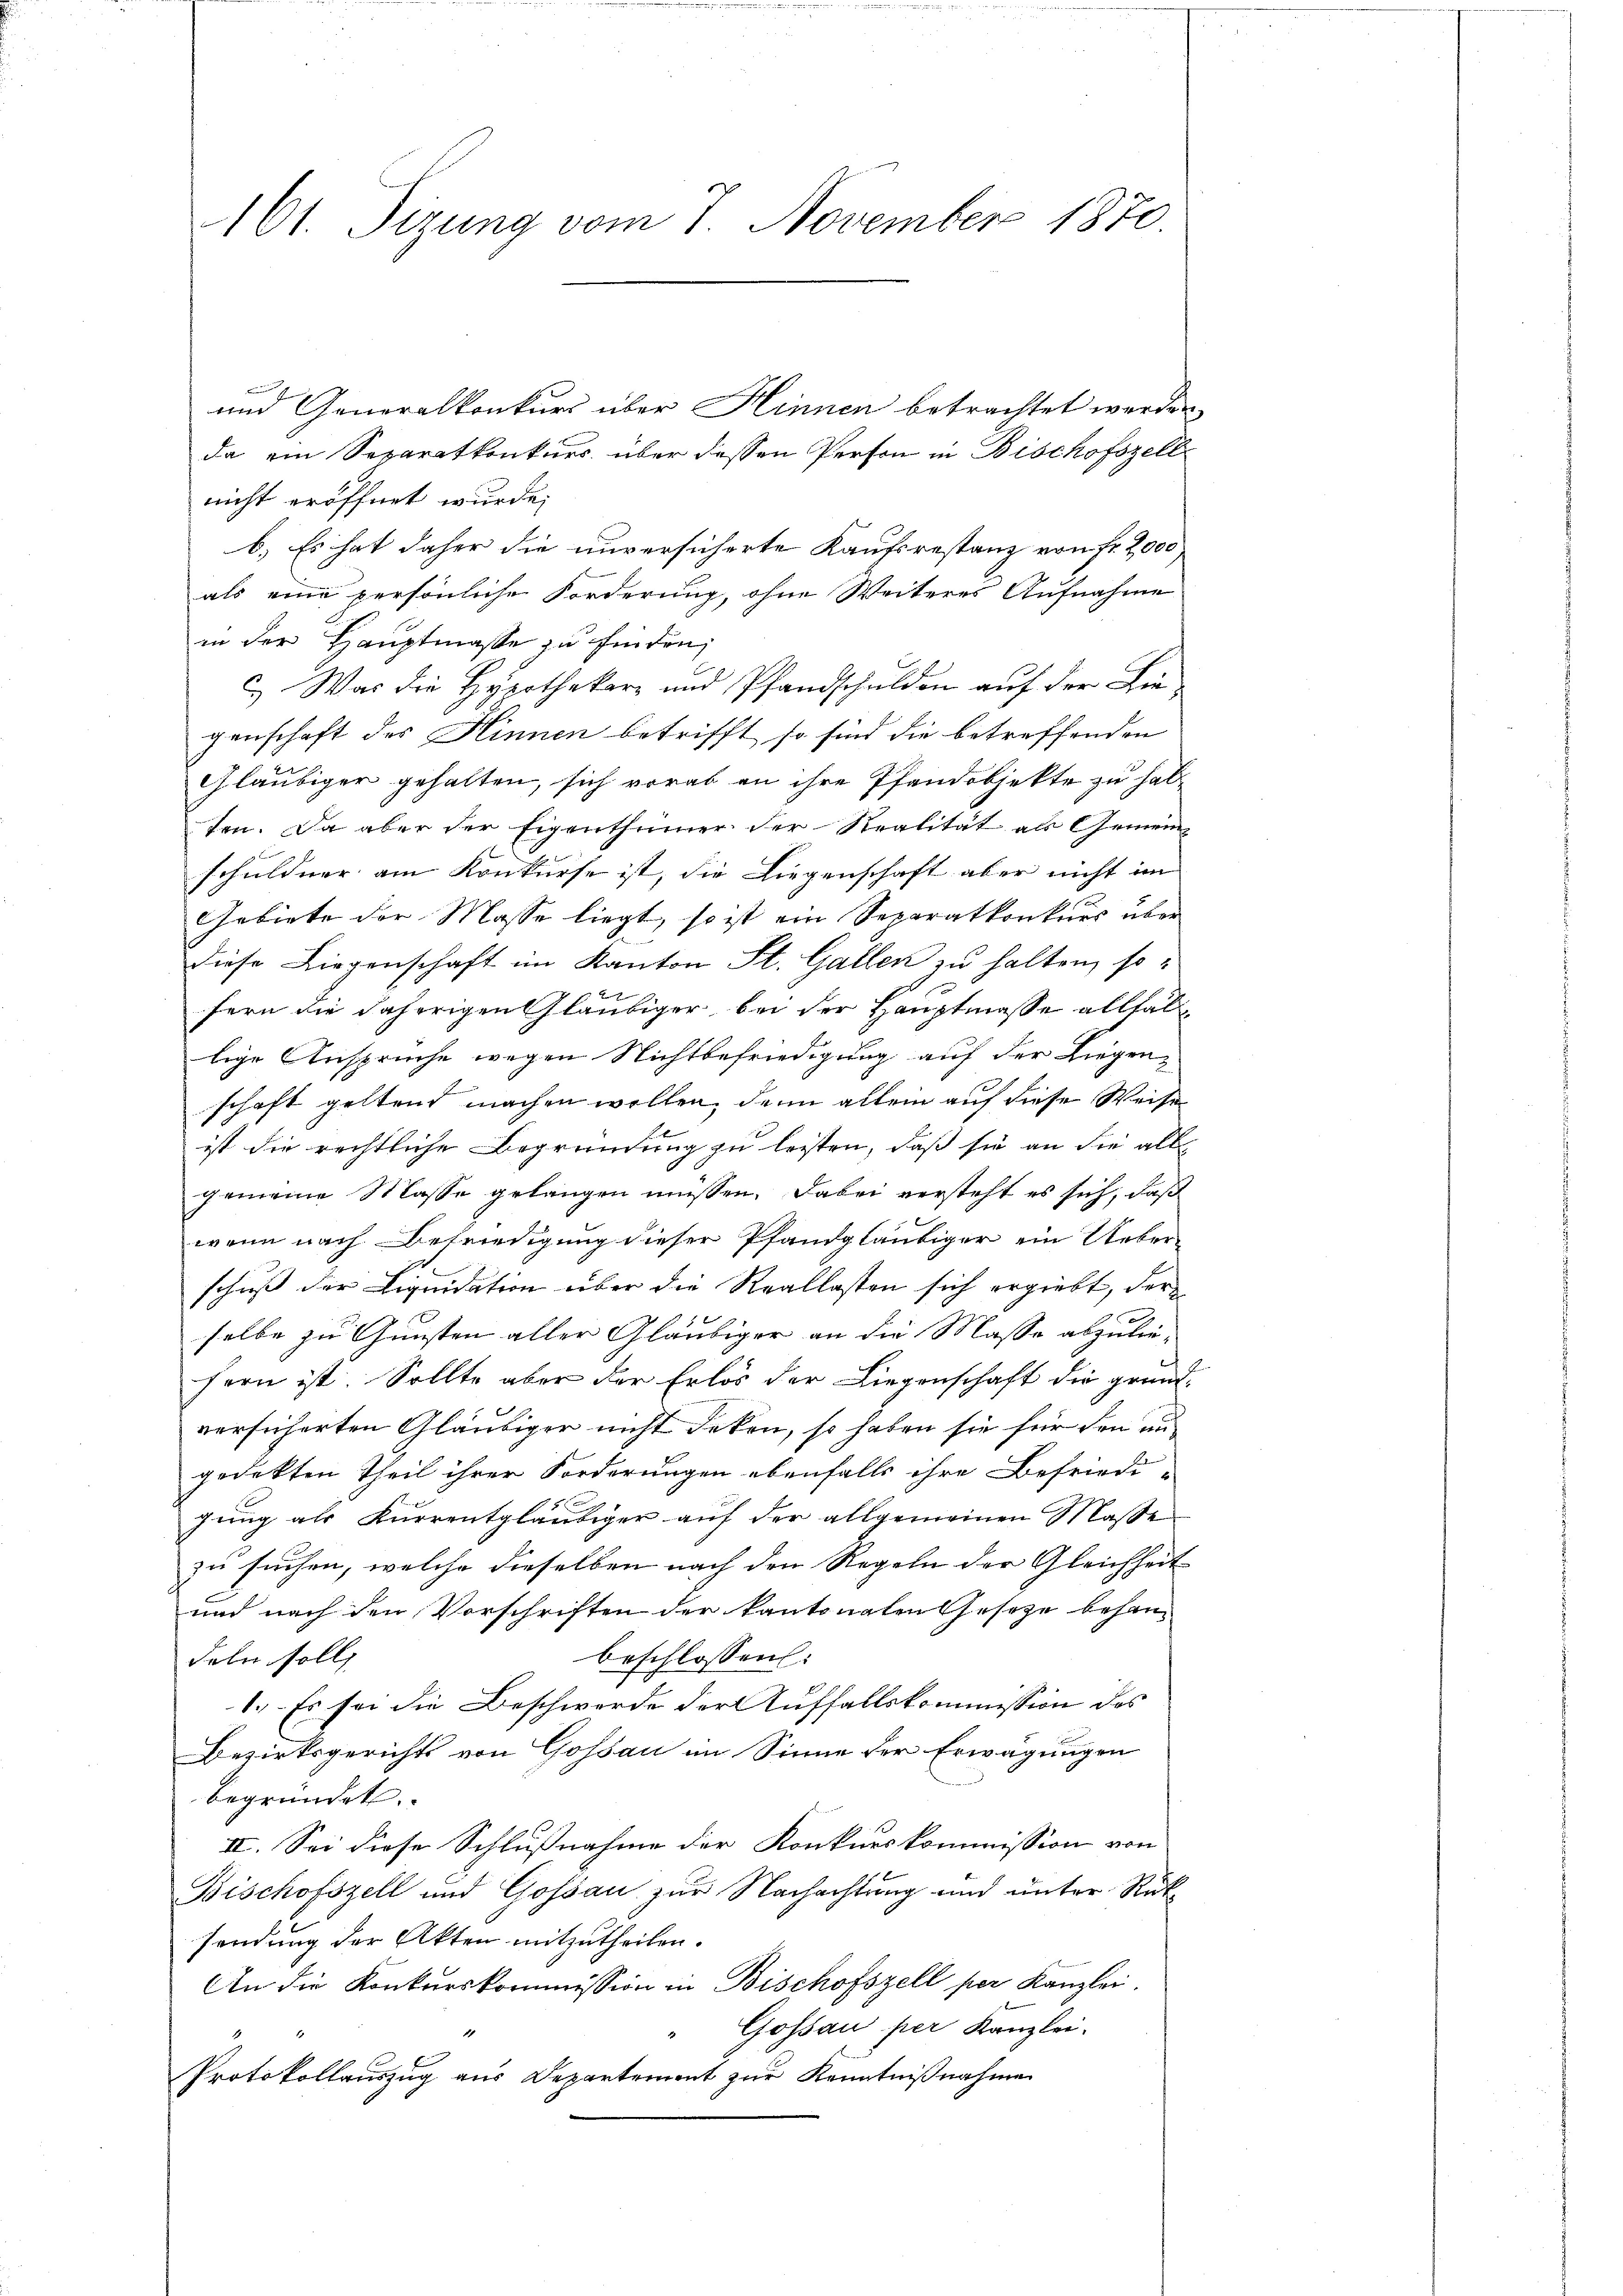
161. Tizung vom 7. November 1870

e
und Generalkonkurs über Hinnen betrachtet werden,
da ein Separatkonkurs über dessen Person in Bischofszell
nicht eröffnet wurde,
b.) Es hat daher die unversicherte Kaufsrestanz von Fr. 2000
als eine persönliche Forderung, ohne Weiteres Aufnahme
in der Hauptmasse zu finden,
C.) Was die Hypothekare und Pfandschulden auf der Liegenschaft des Hinnen betrifft, so sind die betreffenden
Gläubiger gehalten, sich vorab an ihre Pfandobjekte zu hab
ten. Da aber der Eigenthümer der Realität als Gemein-
schuldner am Konkurse ist, die Liegenschaft aber nicht im
Gebiete der Masse liegt, so ist ein Separatkonkurs über
Diese Liegenschaft im Kanton St. Gallen zu halten, so
fern die daherigen Gläubiger bei der Hauptmasse allfällige Anspruche wegen Nichtbefriedigung auf der Liegenschaft geltend machen wollen, denn allein auf diese Weise
Leb
ist die rechtliche Begründung zu leisten, daß sie an die alle
gemeine Masse gelangen müssen. Dabei versteht es sich, daß
wenn nach Befriedigung dieser Pfandgläubiger ein Ueber-
schuß der Liquidation über die Reallasten sich ergiebt, der
selbe zu Gunsten aller Gläubiger an die Masse abzuleifern ist. Sollte aber der Erlös der Liegenschaft die grund-
versicherten Gläubiger nicht deken, so haben sie für den angedekten Theil ihrer Forderungen ebenfalls ihre Befriedi-
8
gung als Kurrentgläubiger auf der allgemeinen Maße
zu suchen, welche dieselben nach den Regeln der Gleichheit
und nach den Vorschriften der kantonalen Gesetze behanbeschlossen:
deln soll
1.) Es sei die Beschwerde der Auffallskommission des
Bezirksgerichts von Gossau im Sinne der Erwägungen

begründet.
II. Sei diese Schlußnahme der Konkurskommission von
Bischofszell und Gossau zur Nachachtung und unter Rüksendung der Akten mitzutheilen.
An die Konkurskommission in Bischofszell per Kanzlei
Gossau per Kanzlei-
d
Protokollauszug aus Departement zur Kenntnißnahme